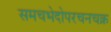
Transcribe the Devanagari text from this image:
समचभेदोपरचनचक्र